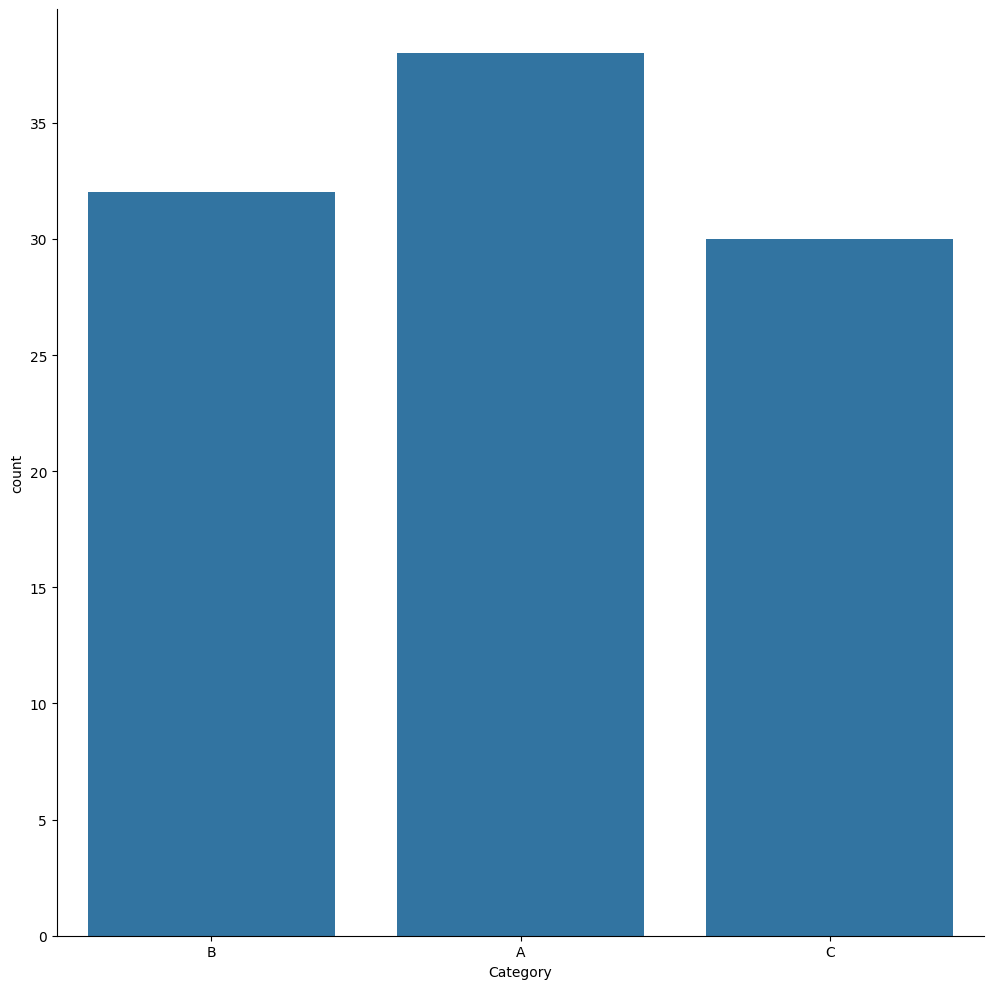
python, seaborn, catplot, kind='count', height=10, aspect=1